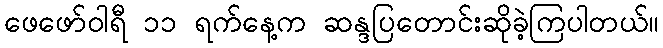
ဖေဖော်ဝါရီ ၁၁ ရက်နေ့က ဆန္ဒပြတောင်းဆိုခဲ့ကြပါတယ်။